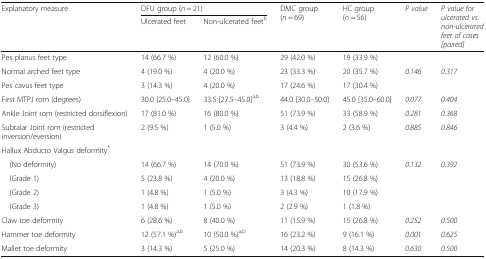
| <ROWSPAN=2> Explanatory measure | <COLSPAN=2> DFU group (n = 21) | <ROWSPAN=2> DMC group (n = 69) | <ROWSPAN=2> HC group (n = 56) | <ROWSPAN=2> P value | <ROWSPAN=2> P value for ulcerated vs. non-ulcerated feet of cases [paired] |
 | Ulcerated feet | Non-ulcerated feetb |
 | --- | --- | --- | --- | --- | --- | --- |
 | Pes planus feet type | 14 (66.7 %) | 12 (60.0 %) | 29 (42.0 %) | 19 (33.9 %) |  |  |
 | Normal arched feet type | 4 (19.0 %) | 4 (20.0 %) | 23 (33.3 %) | 20 (35.7 %) | 0.146 | 0.317 |
 | Pes cavus feet type | 3 (14.3 %) | 4 (20.0 %) | 17 (24.6 %) | 17 (30.4 %) |  |  |
 | First MTPJ rom (degrees) | 30.0 [25.0–45.0] | 33.5 [27.5–45.0]a,b | 44.0 [30.0–50.0] | 45.0 [35.0–60.0] | 0.077 | 0.404 |
 | Ankle Joint rom (restricted dorsiflexion) | 17 (81.0 %) | 16 (80.0 %) | 51 (73.9 %) | 33 (58.9 %) | 0.281 | 0.368 |
 | Subtalar Joint rom (restricted inversion/eversion) | 2 (9.5 %) | 1 (5.0 %) | 3 (4.4 %) | 2 (3.6 %) | 0.885 | 0.846 |
 | <COLSPAN=7> Hallux Abducto Valgus deformity* |
 | (No deformity) | 14 (66.7 %) | 14 (70.0 %) | 51 (73.9 %) | 30 (53.6 %) | <ROWSPAN=4> 0.132 | <ROWSPAN=4> 0.392 |
 | (Grade 1) | 5 (23.8 %) | 4 (20.0 %) | 13 (18.8 %) | 15 (26.8 %) |
 | (Grade 2) | 1 (4.8 %) | 1 (5.0 %) | 3 (4.3 %) | 10 (17.9 %) |
 | (Grade 3) | 1 (4.8 %) | 1 (5.0 %) | 2 (2.9 %) | 1 (1.8 %) |
 | Claw toe deformity | 6 (28.6 %) | 8 (40.0 %) | 11 (15.9 %) | 15 (26.8 %) | 0.252 | 0.500 |
 | Hammer toe deformity | 12 (57.1 %)a,b | 10 (50.0 %)a,b | 16 (23.2 %) | 9 (16.1 %) | 0.001 | 0.625 |
 | Mallet toe deformity | 3 (14.3 %) | 5 (25.0 %) | 14 (20.3 %) | 8 (14.3 %) | 0.630 | 0.500 |